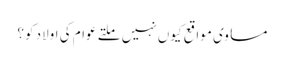
مساوی مواقع کیوں نہیں ملتے عوام کی اولاد کو؟